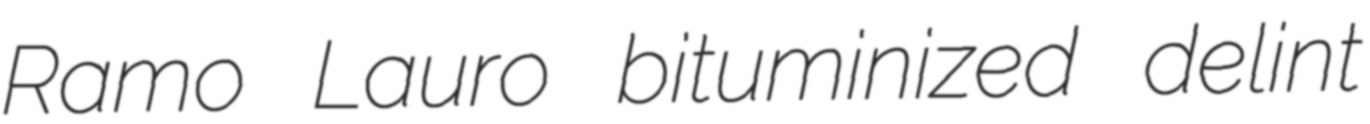
Ramo Lauro bituminized delint